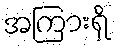
အကြားရှိ